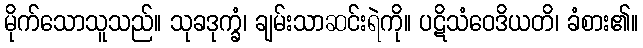
မိုက်သောသူသည်။ သုခဒုက္ခံ၊ ချမ်းသာဆင်းရဲကို။ ပဋိသံဝေဒိယတိ၊ ခံစား၏။